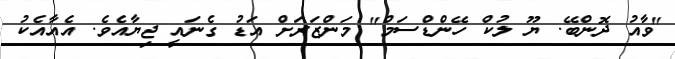
"ވާއު ދޮންބޭ. ޔޫ ލުކް ހޭންޑްސަމް" މަންޒަރަށް އަޑު ގެނައީ ޖިޔާއެވެ. އެއާއެކު